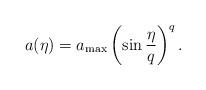
LaTeX: \begin{align*}a(\eta) = a_{\rm max} \left( \sin \frac{\eta}{q} \right)^q.\end{align*}